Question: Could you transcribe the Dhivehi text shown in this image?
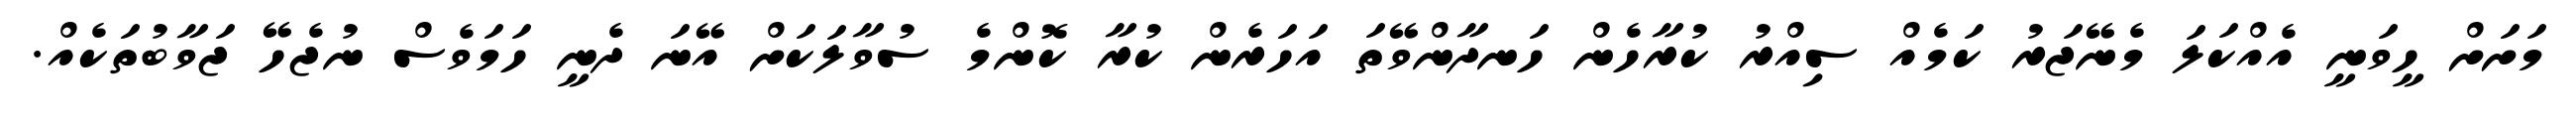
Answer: މަށަށް ހީވަނީ އެއްކަލަ މެނޭޖަރު ކަމެއް ސިއްރު ކުރާހެން ހަނދާންވޭތަ އަހަރެން ކުރާ ކޮންމެ ސުވާލަކަށް އޭނަ ދެނީ ހަމަވެސް ނުޖެހޭ ޖަވާބުތަކެއް.